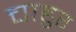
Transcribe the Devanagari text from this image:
चाहुर